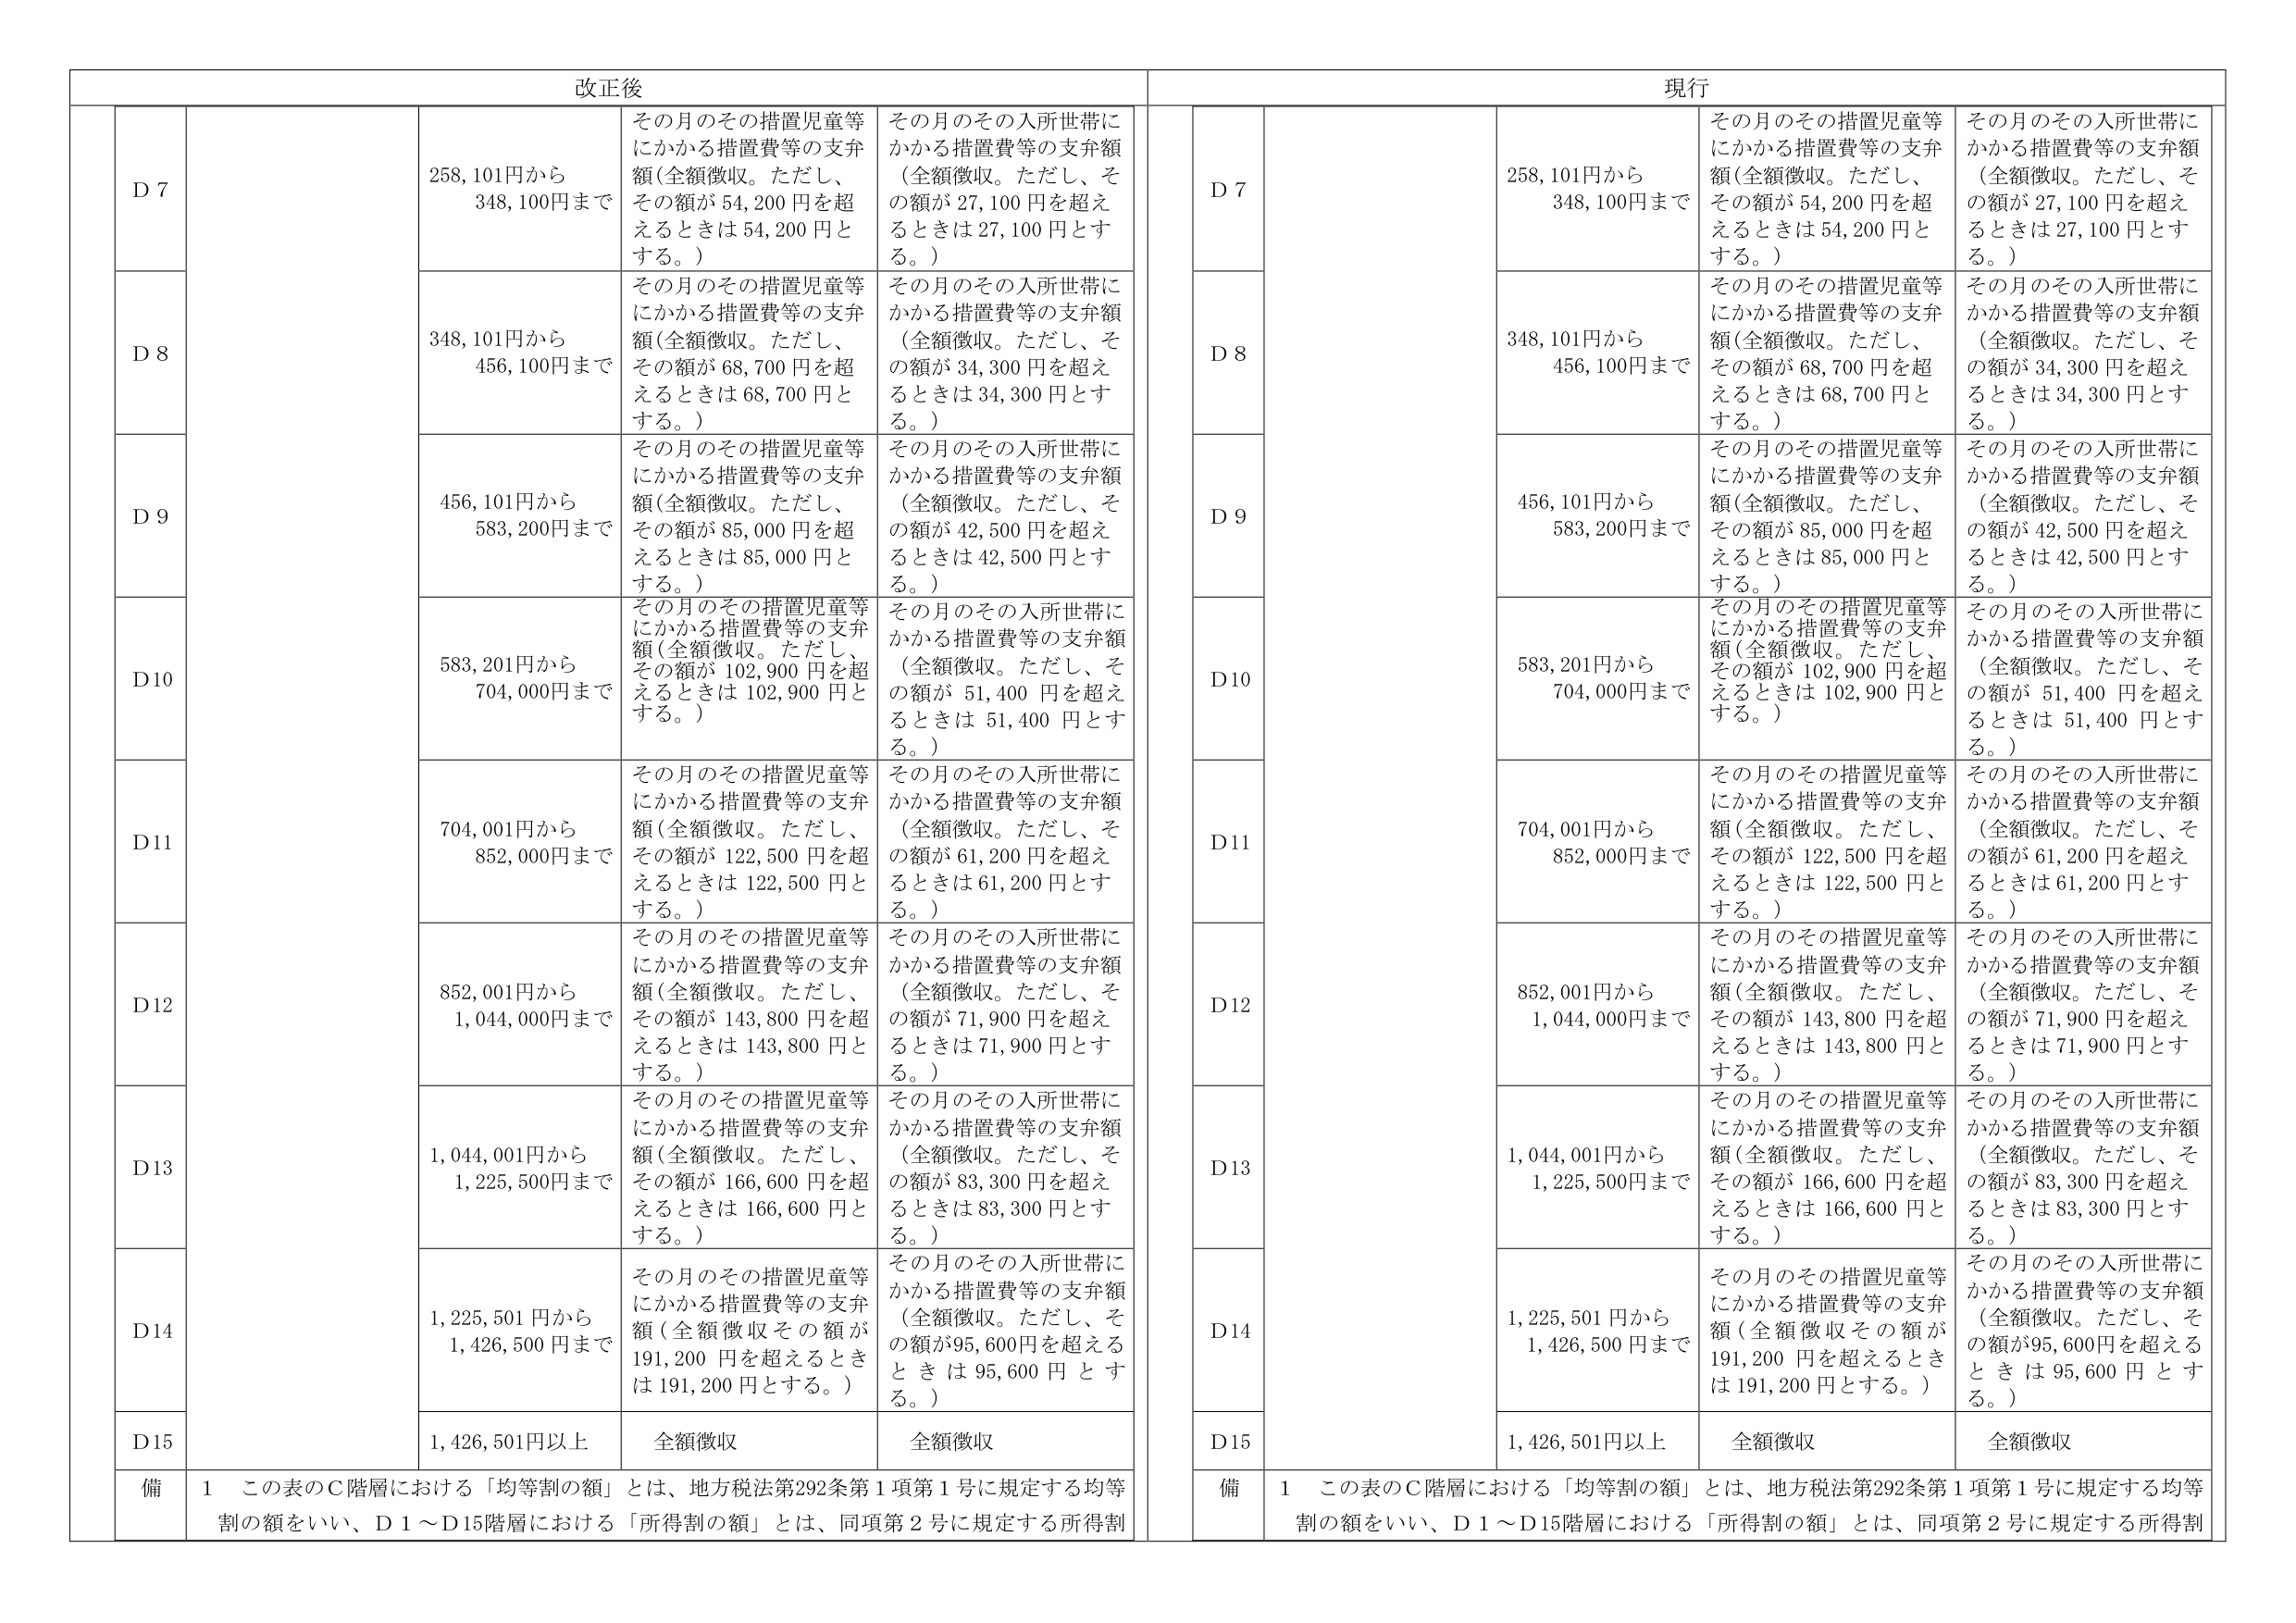
改正後

D 7
258,101円から
348,100円まで
その月のその措置児童等
にかかる措置費等の支弁
額（全額徴収。ただし、
その額が 54,200 円を超
えるときは 54,200 円と
する。）
その月のその入所世帯に
かかる措置費等の支弁額
（全額徴収。ただし、そ
の額が 27,100 円を超え
るときは 27,100 円とす
る。）

D 8
348,101円から
456,100円まで
その月のその措置児童等
にかかる措置費等の支弁
額（全額徴収。ただし、
その額が 68,700 円を超
えるときは 68,700 円と
する。）
その月のその入所世帯に
かかる措置費等の支弁額
（全額徴収。ただし、そ
の額が 34,300 円を超え
るときは 34,300 円とす
る。）

D 9
456,101円から
583,200円まで
その月のその措置児童等
にかかる措置費等の支弁
額（全額徴収。ただし、
その額が 85,000 円を超
えるときは 85,000 円と
する。）
その月のその入所世帯に
かかる措置費等の支弁額
（全額徴収。ただし、そ
の額が 42,500 円を超え
るときは 42,500 円とす
る。）

D10
583,201円から
704,000円まで
その月のその措置児童等
にかかる措置費等の支弁
額（全額徴収。ただし、
その額が 102,900 円を超
えるときは 102,900 円と
する。）
その月のその入所世帯に
かかる措置費等の支弁額
（全額徴収。ただし、そ
の額が 51,400 円を超え
るときは 51,400 円とす
る。）

D11
704,001円から
852,000円まで
その月のその措置児童等
にかかる措置費等の支弁
額（全額徴収。ただし、
その額が 122,500 円を超
えるときは 122,500 円と
する。）
その月のその入所世帯に
かかる措置費等の支弁額
（全額徴収。ただし、そ
の額が 61,200 円を超え
るときは 61,200 円とす
る。）

D12
852,001円から
1,044,000円まで
その月のその措置児童等
にかかる措置費等の支弁
額（全額徴収。ただし、
その額が 143,800 円を超
えるときは 143,800 円と
する。）
その月のその入所世帯に
かかる措置費等の支弁額
（全額徴収。ただし、そ
の額が 71,900 円を超え
るときは 71,900 円とす
る。）

D13
1,044,001円から
1,225,500円まで
その月のその措置児童等
にかかる措置費等の支弁
額（全額徴収。ただし、
その額が 166,600 円を超
えるときは 166,600 円と
する。）
その月のその入所世帯に
かかる措置費等の支弁額
（全額徴収。ただし、そ
の額が 83,300 円を超え
るときは 83,300 円とす
る。）

D14
1,225,501 円から
1,426,500 円まで
その月のその措置児童等
にかかる措置費等の支弁
額（全額徴収その額が
191,200 円を超えるとき
は 191,200 円とする。）
その月のその入所世帯に
かかる措置費等の支弁額
（全額徴収。ただし、そ
の額が95,600円を超える
ときは 95,600 円とす
る。）

D15
1,426,501円以上
全額徴収
全額徴収

備
1 この表のＣ階層における「均等割の額」とは、地方税法第292条第１項第１号に規定する均等
割の額をいい、Ｄ１～Ｄ15階層における「所得割の額」とは、同項第２号に規定する所得割

現行

D 7
258,101円から
348,100円まで
その月のその措置児童等
にかかる措置費等の支弁
額（全額徴収。ただし、
その額が 54,200 円を超
えるときは 54,200 円と
する。）
その月のその入所世帯に
かかる措置費等の支弁額
（全額徴収。ただし、そ
の額が 27,100 円を超え
るときは 27,100 円とす
る。）

D 8
348,101円から
456,100円まで
その月のその措置児童等
にかかる措置費等の支弁
額（全額徴収。ただし、
その額が 68,700 円を超
えるときは 68,700 円と
する。）
その月のその入所世帯に
かかる措置費等の支弁額
（全額徴収。ただし、そ
の額が 34,300 円を超え
るときは 34,300 円とす
る。）

D 9
456,101円から
583,200円まで
その月のその措置児童等
にかかる措置費等の支弁
額（全額徴収。ただし、
その額が 85,000 円を超
えるときは 85,000 円と
する。）
その月のその入所世帯に
かかる措置費等の支弁額
（全額徴収。ただし、そ
の額が 42,500 円を超え
るときは 42,500 円とす
る。）

D10
583,201円から
704,000円まで
その月のその措置児童等
にかかる措置費等の支弁
額（全額徴収。ただし、
その額が 102,900 円を超
えるときは 102,900 円と
する。）
その月のその入所世帯に
かかる措置費等の支弁額
（全額徴収。ただし、そ
の額が 51,400 円を超え
るときは 51,400 円とす
る。）

D11
704,001円から
852,000円まで
その月のその措置児童等
にかかる措置費等の支弁
額（全額徴収。ただし、
その額が 122,500 円を超
えるときは 122,500 円と
する。）
その月のその入所世帯に
かかる措置費等の支弁額
（全額徴収。ただし、そ
の額が 61,200 円を超え
るときは 61,200 円とす
る。）

D12
852,001円から
1,044,000円まで
その月のその措置児童等
にかかる措置費等の支弁
額（全額徴収。ただし、
その額が 143,800 円を超
えるときは 143,800 円と
する。）
その月のその入所世帯に
かかる措置費等の支弁額
（全額徴収。ただし、そ
の額が 71,900 円を超え
るときは 71,900 円とす
る。）

D13
1,044,001円から
1,225,500円まで
その月のその措置児童等
にかかる措置費等の支弁
額（全額徴収。ただし、
その額が 166,600 円を超
えるときは 166,600 円と
する。）
その月のその入所世帯に
かかる措置費等の支弁額
（全額徴収。ただし、そ
の額が 83,300 円を超え
るときは 83,300 円とす
る。）

D14
1,225,501 円から
1,426,500 円まで
その月のその措置児童等
にかかる措置費等の支弁
額（全額徴収その額が
191,200 円を超えるとき
は 191,200 円とする。）
その月のその入所世帯に
かかる措置費等の支弁額
（全額徴収。ただし、そ
の額が95,600円を超える
ときは 95,600 円とす
る。）

D15
1,426,501円以上
全額徴収
全額徴収

備
1 この表のＣ階層における「均等割の額」とは、地方税法第292条第１項第１号に規定する均等
割の額をいい、Ｄ１～Ｄ15階層における「所得割の額」とは、同項第２号に規定する所得割